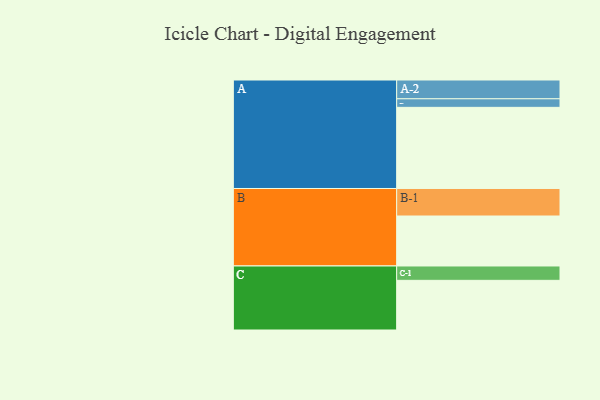
{"axis": {"x": "Segment", "y": "Value"}, "legend": ["", "A", "B", "C"], "data": [{"x": "A", "y": 531, "type": ""}, {"x": "B", "y": 327, "type": ""}, {"x": "C", "y": 325, "type": ""}, {"x": "A-1", "y": 56, "type": "A"}, {"x": "A-2", "y": 123, "type": "A"}, {"x": "B-1", "y": 180, "type": "B"}, {"x": "C-1", "y": 94, "type": "C"}]}